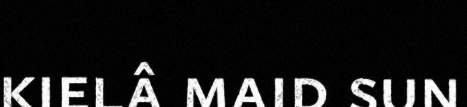
kielâ maid sun